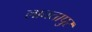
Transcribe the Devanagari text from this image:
लाततापुर